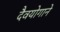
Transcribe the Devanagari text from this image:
दैवयोगाने